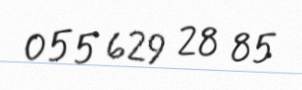
055 629 28 85